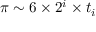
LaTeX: \pi \sim 6 \times 2 ^ { i } \times t _ { i }